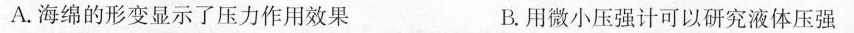
A.海绵的形变显示了压力作用效果 B.用微小压强计可以研究液体压强